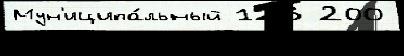
Мун'иципа́льный 123 200